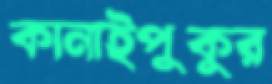
কানাইপুকুর